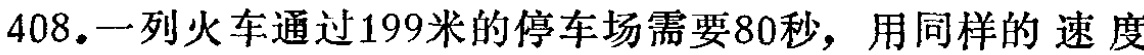
408.一列火车通过199米的停车场需要80秒，用同样的 速 度